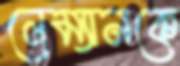
লেম্যানকে